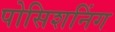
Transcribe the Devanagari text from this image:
पोसिशनिंग